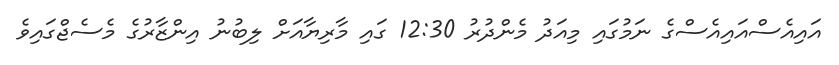
އައިއެސްއައިއެސްގެ ނަމުގައި މިއަދު މެންދުރު 12:30 ގައި މާރިޔާއަށް ލިބުނު އިންޒާރުގެ މެސެޖްގައިވެ